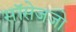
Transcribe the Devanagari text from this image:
सॉसेजजो